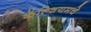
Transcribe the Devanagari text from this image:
कॅल्शियमचे